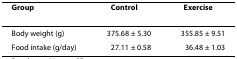
| Group | Control | Exercise |
 | --- | --- | --- |
 | Body weight (g) | 375.68 ± 5.30 | 355.85 ± 9.51 |
 | Food intake (g/day) | 27.11 ± 0.58 | 36.48 ± 1.03 |